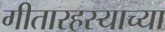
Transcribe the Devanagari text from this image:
गीतारहस्याच्या